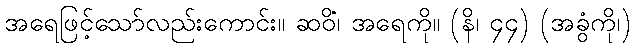
အရေဖြင့်သော်လည်းကောင်း။ ဆဝိံ၊ အရေကို။ (နိ၊ ၄၄) (အခွံကို၊)